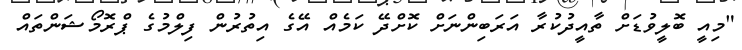
"މިއީ ބޮލީވުޑަށް ތާއީދުކުރާ އަރަބިންނަށް ކޮށްދޭ ކަމެއް އޭގެ އިތުރުން ފިލްމުގެ ޕްރޮމޯޝަންތައް